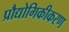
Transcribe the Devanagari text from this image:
प्रौद्योगिकीकरण